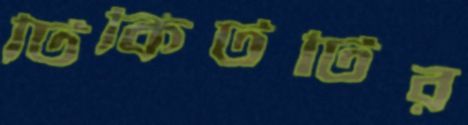
টিকিটটির